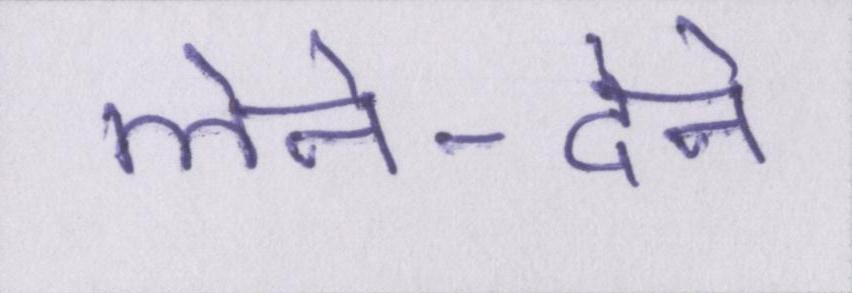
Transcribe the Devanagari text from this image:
लेने-देने